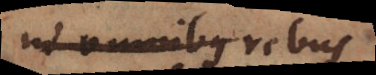
in omnibus rebus